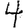
Digit: 4